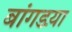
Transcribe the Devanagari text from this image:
बांगडय़ा